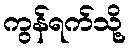
ကွန်ရက်သို့